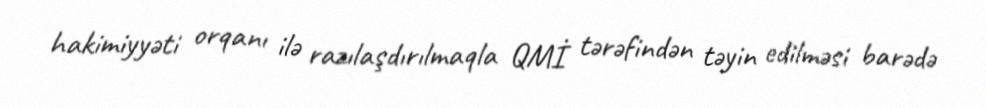
hakimiyyəti orqanı ilə razılaşdırılmaqla QMİ tərəfindən təyin edilməsi barədə